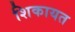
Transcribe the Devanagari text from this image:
शिकायत